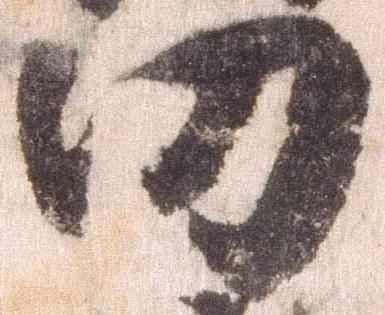
功